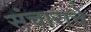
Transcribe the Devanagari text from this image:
संचाराचे